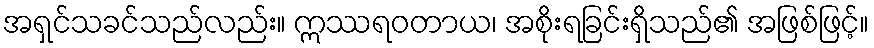
အရှင်သခင်သည်လည်း။ ဣဿရဝတာယ၊ အစိုးရခြင်းရှိသည်၏ အဖြစ်ဖြင့်။